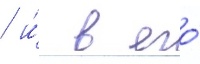
/ и́ в его́